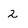
Character: 2